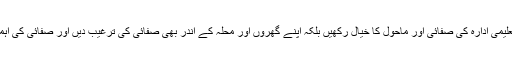
کالج آف شریعہ اینڈ اسلامک سائنسز کے پرنسپل نے طلبہ کو ہدایت کی کہ وہ نہ صرف اپنے تعلیمی ادارہ کی صفائی اور ماحول کا خیال رکھیں بلکہ اپنے گھروں اور محلہ کے اندر بھی صفائی کی ترغیب دیں اور صفائی کی اہمیت کو اجاگر کریں، بہت ساریاں بیماریاں پھیلنے کی ایک وجہ ماحول کو صاف نہ رکھنا ہے۔